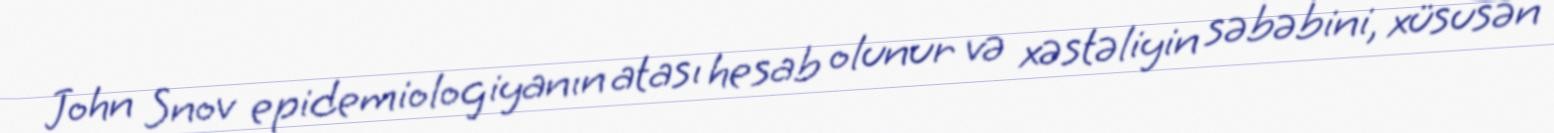
John Snov epidemiologiyanın atası hesab olunur və xəstəliyin səbəbini, xüsusən